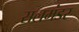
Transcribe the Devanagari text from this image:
सलमंडर